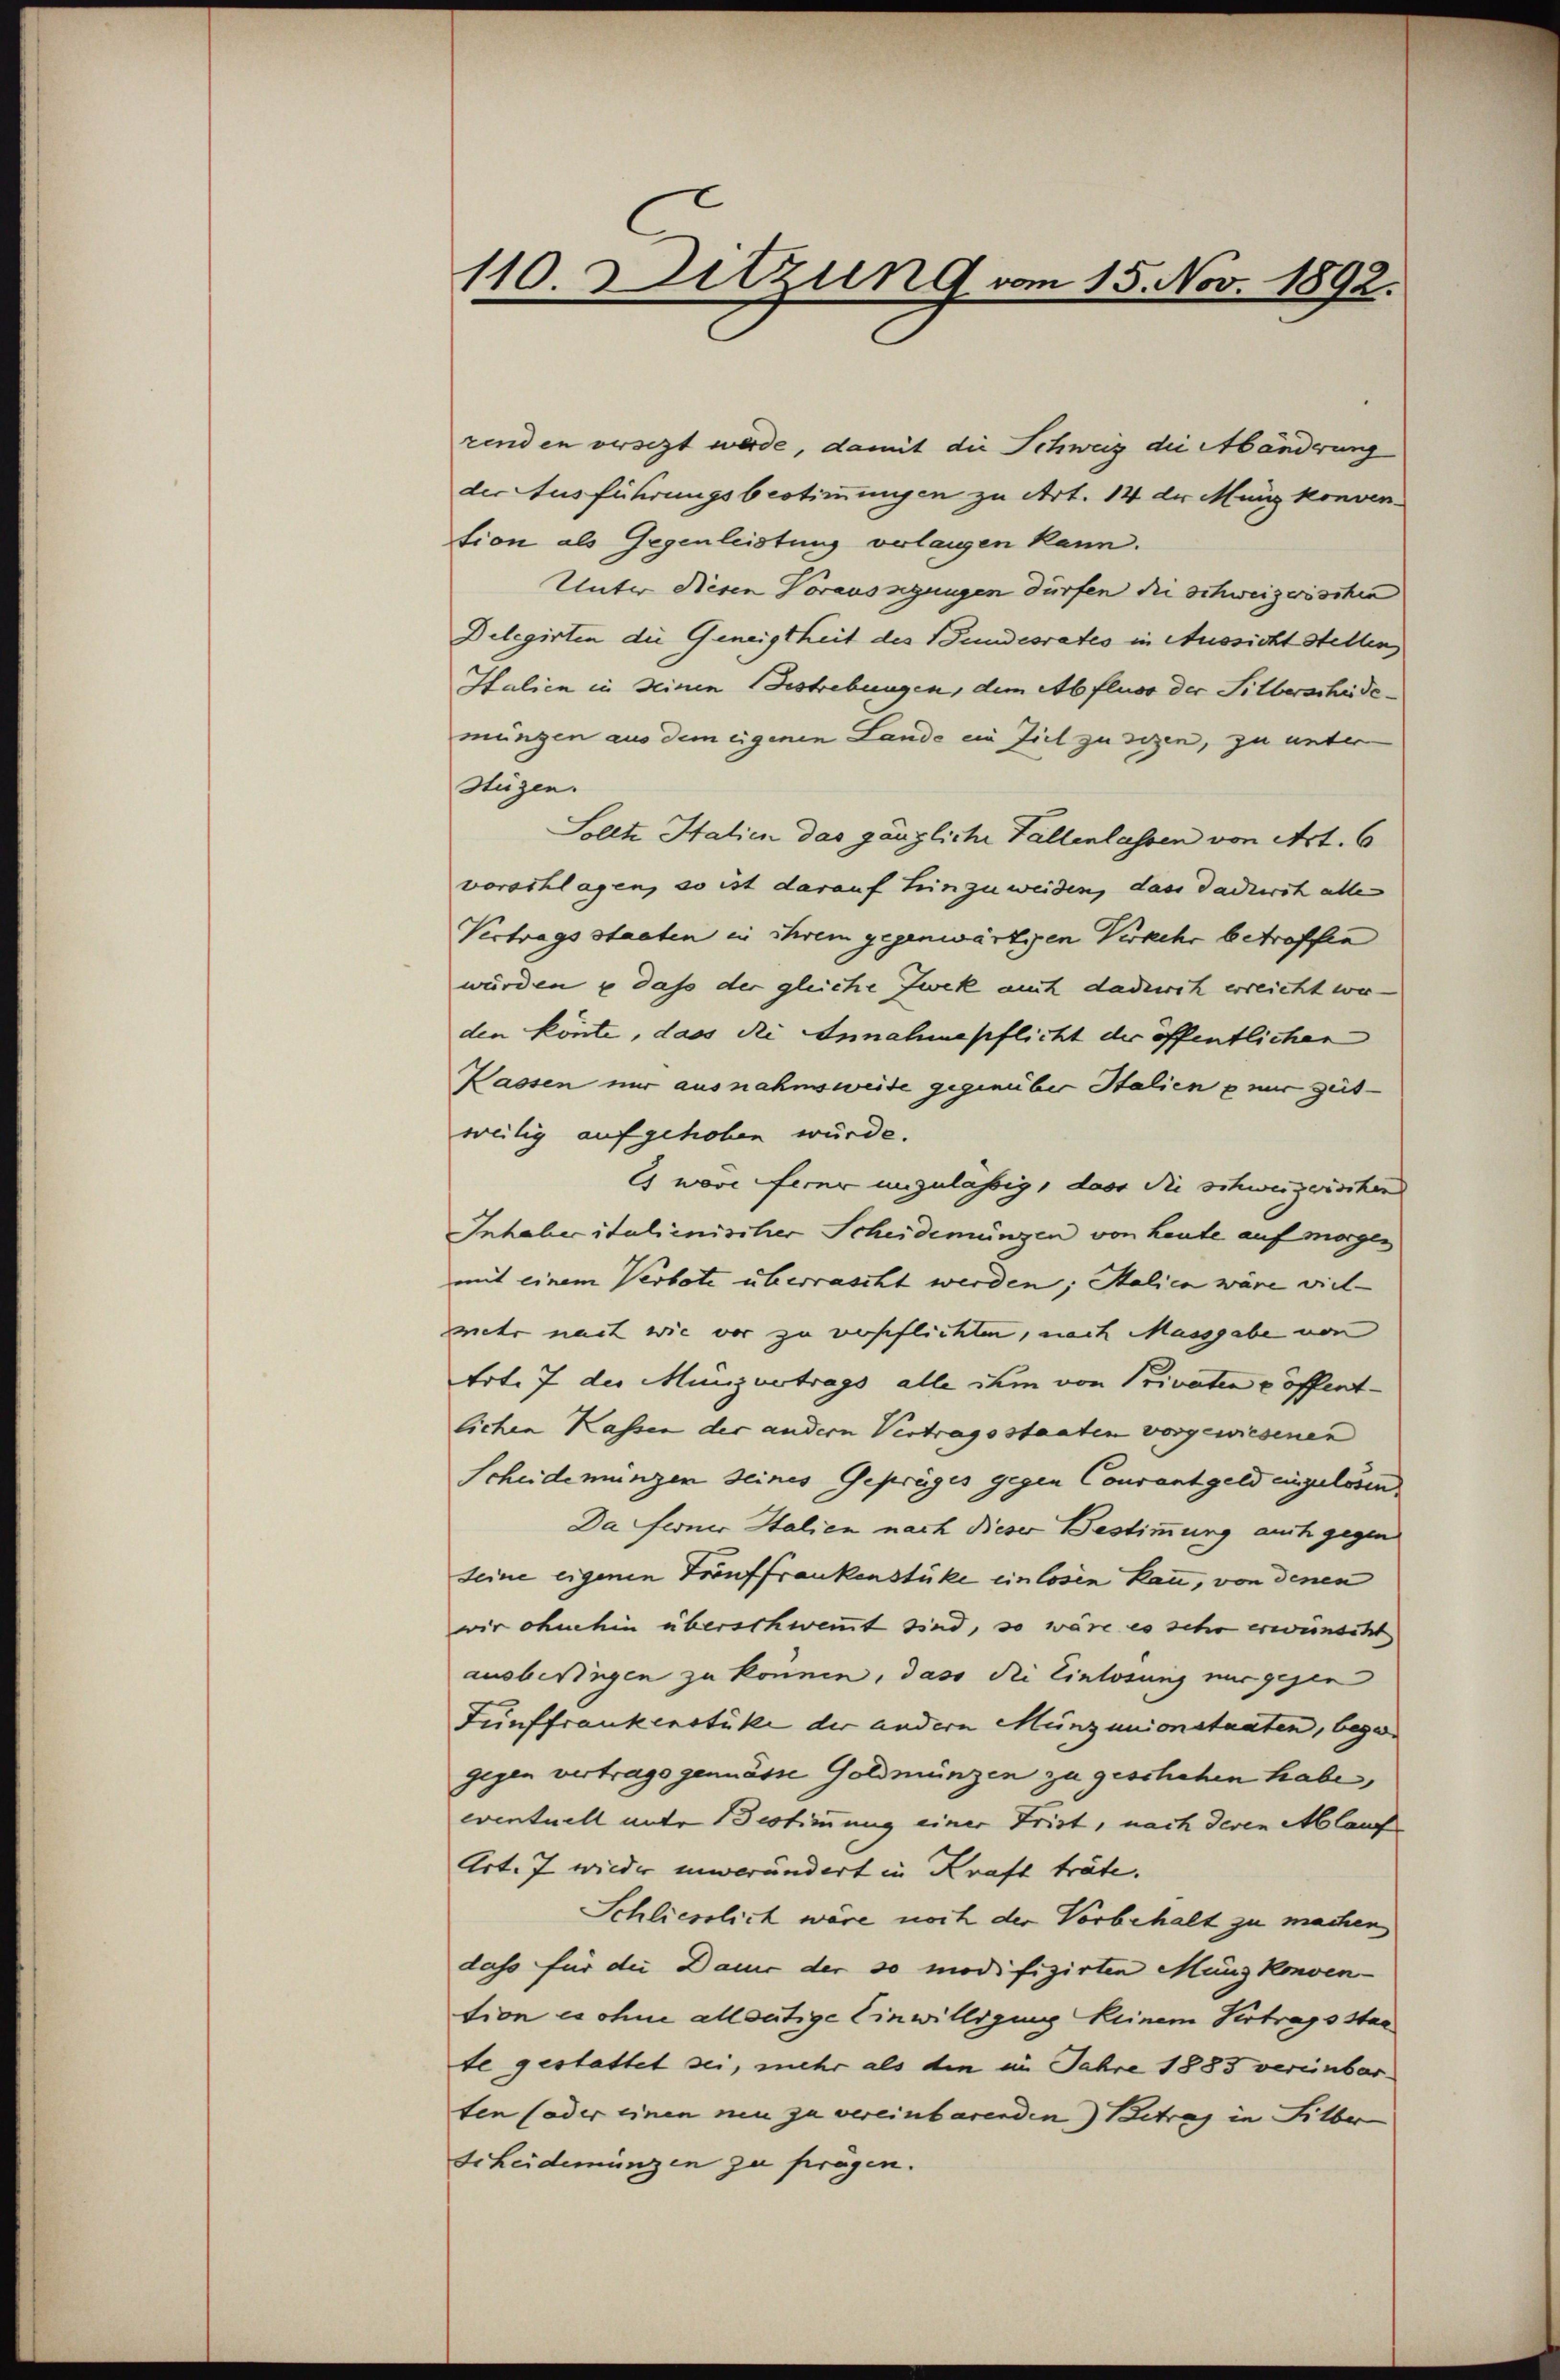
110. Sitzung vom 15. Nov. 1892.

renden versezt werde, damit die Schweiz die Abänderung
der Ausführungsbestimmungen zu Art. 14 der Münz konven
tion als Gegenleistung verlangen kann.
Unter Nesen Vorausnigungen dürfen die schweizerischen
Delegirten die Geneigtheit des Bundesrates in Aussicht stellen
Italien in seinen Bestrebungen, dem Abfluss der Silberscheidemungen aus dem eigenen Lande ein Ziel zu sitzen, zu unter-
Stüzen.
Sollte Halien das gänzliche Fallenlassen von Art. 6
vorschlagen, so ist darauf hinzuweiden, dass dadurch alle
Vertrags staaten in ihrem gegenwärtigen Verkehr betroffen
würden u dass der gleiche Zwek auch dadurch erreicht wer-
den könte, dass die Annahmepflicht der öffentlichen
Passen nur ausnahmsweise gegenüber Italien nur zeit
weilig aufgehoben würde.
Es wäre feier unzulässig, dass die schweizerischen
Inhaber italienischer Scheidemungen von heute auf morgen
mit einem Verbote überrascht werden; Stalien wäre viel-
mehr nach wie vor zu verschlichten, nach Massgabe von
Art. 7 der Munzvertrags alle ihm von Privaten e öffentlichen Kassen der andern Vertragsstaaten vorgewiesenen
Scheidemungen seines Gepräges gegen Conventgeld eingelösen
Da ferner Italien nach dieser Bestimmung auch gegen
seine eigenen Trouffrankenstüke einlosen kan, von denen
wir ohnehin überschwemmt sind, so wäre es sehr erwünscht
ausberingen zu können, dass die Einlösung nur gegen
Fünffrankenstüke der andern Münzunionstanten, bege
gegen vertragsgemässe Goldmünzen zu geschehen habe,
eventuell unter Bestimmung einer Frist, nach deren Mlauf
Art. 7 wieder unverändert in Kraft träte.
Schlieslich wäre noch der Vorbehalt zu machen
dass für die Dame der 30 modifizirten Münzkonven-
tion es ohne alleutige Einwilligung keinem Vertragsstaa
te gestattet sei, mehr als den im Jahre 1883 vereinbar.
ten (oder einen neu zu vereinbarenden) Betrag in Silber
Scheidemünzen zu fragen.